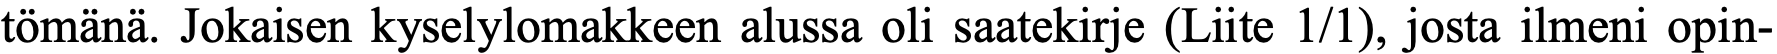
tömänä. Jokaisen kyselylomakkeen alussa oli saatekirje (Liite 1/1), josta ilmeni opin-